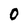
Character: O